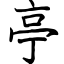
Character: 亭